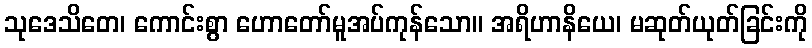
သုဒေသိတေ၊ ကောင်းစွာ ဟောတော်မူအပ်ကုန်သော။ အရိဟာနိယေ၊ မဆုတ်ယုတ်ခြင်းကို